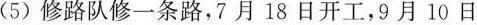
(5)修路队修一条路，7月18日开工，9月10日